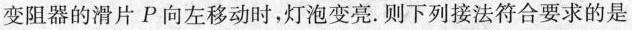
变阻器的滑片P向左移动时，灯泡变亮。则下列接法符合要求的是